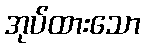
အုပ်ထားသော